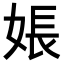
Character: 𪥽